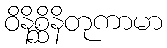
ဝိနိစ္ဆိနိတုကာမာ